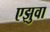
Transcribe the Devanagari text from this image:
एझुवा